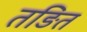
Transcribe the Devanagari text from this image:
तङित